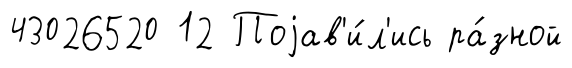
43026520 12 Поjав'и́л'ись ра́зной